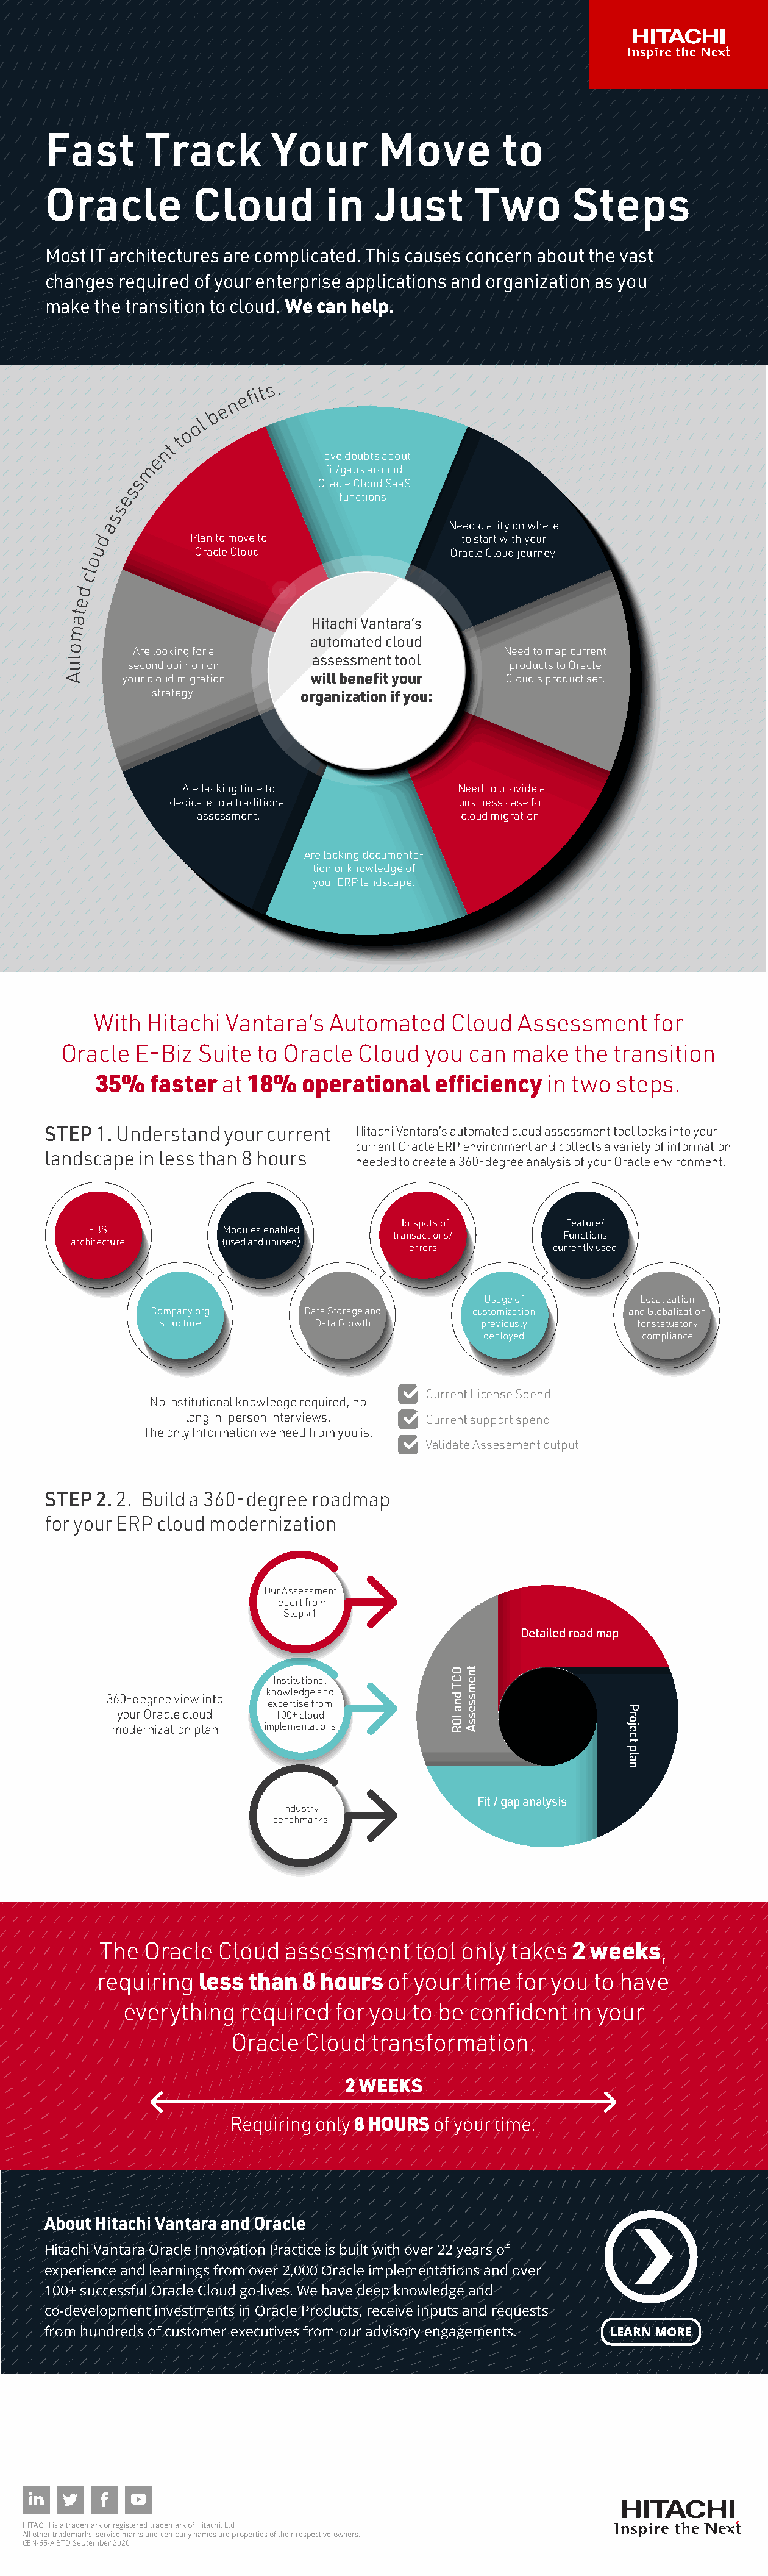
Fast       Track         Your       Move         to
 Oracle          Cloud         in    Just      Two        Steps
 Most IT architectures are complicated. This causes concern about the vast
 changes required of your enterprise applications and organization as you
 make the transition to cloud. We can help.
 fi t s .
 e
 n
 e
 b
 ol
 o
 t
 t
 n
 e                Have doubts about
 m                  fit/gaps around
 s                   Oracle Cloud SaaS
 s
 e                       functions.
 s
 s
 a                                     Need clarity on where
 d          Plan to move to              to start with your
 u
 Oracle Cloud.               Oracle Cloud journey.
 o
 l
 c
 d
 e
 t
 a
 Hitachi Vantara’s
 m
 automated cloud
 o
 Are looking for a                        Need to map current
 t                          assessment tool
 u      second opinion on                        products to Oracle
 A     your cloud migration will benefit your    Cloud's product set.
 strategy.        organization if you:
 Are lacking time to           Need to provide a
 dedicate to a traditional       business case for
 assessment.                  cloud migration.
 Are lacking documenta-
 tion or knowledge of
 your ERP landscape.
 With  Hitachi  Vantara’s  Automated    Cloud  Assessment     for
 Oracle  E-Biz  Suite to Oracle  Cloud  you  can  make  the  transition
 35%   faster  at 18%   operational   efficiency  in two  steps.
 STEP 1. Understand your current   Hitachi Vantara’s automated cloud assessment tool looks into your
 current Oracle ERP environment and collects a variety of information
 landscape in less than 8 hours
 needed to create a 360-degree analysis of your Oracle environment.
 Hotspots of       Feature/
 EBS           Modules enabled
 transactions/     Functions
 architecture    (used and unused)
 errors          currently used
 Usage of         Localization
 Company org      Data Storage and  customization    and Globalization
 structure        Data Growth       previously       for statuatory
 deployed          compliance
 Current License Spend
 No institutional knowledge required, no
 long in-person interviews. Current support spend
 The only Information we need from you is:
 Validate Assesement output
 STEP 2. 2. Build a 360-degree roadmap
 for your ERP cloud modernization
 Our Assessment
 report from
 Step #1
 Detailed road map
 Institutional
 knowledge and 360-degree view into
 expertise from
 your Oracle cloud 100+ cloud
 modernization plan implementations
 Fit / gap analysis
 Industry
 benchmarks
 The  Oracle  Cloud  assessment    tool only takes  2 weeks,
 requiring  less than  8 hours  of your  time for you to have
 everything   required  for you  to be confident  in your
 Oracle  Cloud  transformation.
 2 WEEKS
 Requiring only 8 HOURS of your time.
 About Hitachi Vantara and Oracle
 Hitachi Vantara Oracle Innovation Practice is built with over 22 years of
 experience and learnings from over 2,000 Oracle implementations and over
 100+ successful Oracle Cloud go-lives. We have deep knowledge and
 co-development investments in Oracle Products, receive inputs and requests
 from hundreds of customer executives from our advisory engagements. LEARN MORE
 HITACHI is a trademark or registered trademark of Hitachi, Ltd.
 All other trademarks, service marks and company names are properties of their respective owners.
 GEN-65-A BTD September 2020
 OCT
 dna
 IOR
 tnemssessA
 Project
 plan